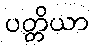
ပတ္တိယာ